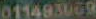
011493069